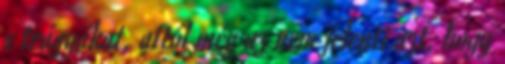
a trágyákat, attól még az nem jelenti azt, hogy